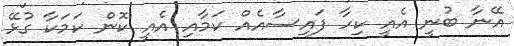
އޭނާ ބުނީ އެއީ ކިހާ ފައިސާއެއް ކަމާއި އެއީ ކޮން ކަމަކާ ގުޅޭ